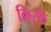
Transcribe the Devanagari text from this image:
किरके